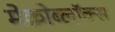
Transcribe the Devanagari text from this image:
मेक्रोब्लॉक्स